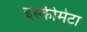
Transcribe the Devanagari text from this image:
इस्कीमेटा